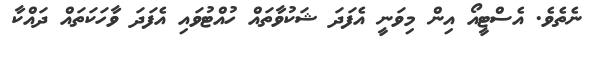
ނެތެވެ. އެސްޓީއޯ އިން މިވަނީ އެފަދަ ޝަކުވާތައް ހުއްޓުވައި އެފަދަ ވާހަކަތައް ދައްކާ